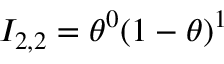
I _ { 2 , 2 } = \theta ^ { 0 } ( 1 - \theta ) ^ { 1 }